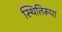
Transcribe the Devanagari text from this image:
स्थितिरूपा